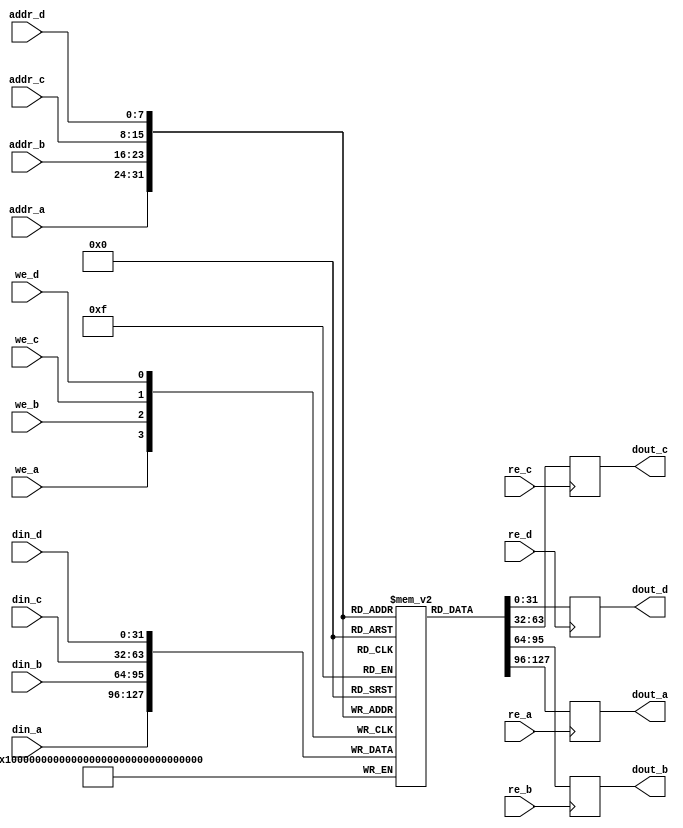
module quad_port_sram #(
    parameter ADDR_WIDTH = 8,  // Address width
    parameter DATA_WIDTH = 32,  // Data width
    parameter MEM_SIZE = 256     // Number of words in memory
)(
    input  wire [ADDR_WIDTH-1:0] addr_a,  // Port A Address
    input  wire [DATA_WIDTH-1:0] din_a,    // Port A Data In
    output reg  [DATA_WIDTH-1:0] dout_a,   // Port A Data Out
    input  wire re_a,                     // Port A Read Enable
    input  wire we_a,                     // Port A Write Enable

    input  wire [ADDR_WIDTH-1:0] addr_b,  // Port B Address
    input  wire [DATA_WIDTH-1:0] din_b,    // Port B Data In
    output reg  [DATA_WIDTH-1:0] dout_b,   // Port B Data Out
    input  wire re_b,                     // Port B Read Enable
    input  wire we_b,                     // Port B Write Enable

    input  wire [ADDR_WIDTH-1:0] addr_c,  // Port C Address
    input  wire [DATA_WIDTH-1:0] din_c,    // Port C Data In
    output reg  [DATA_WIDTH-1:0] dout_c,   // Port C Data Out
    input  wire re_c,                     // Port C Read Enable
    input  wire we_c,                     // Port C Write Enable

    input  wire [ADDR_WIDTH-1:0] addr_d,  // Port D Address
    input  wire [DATA_WIDTH-1:0] din_d,    // Port D Data In
    output reg  [DATA_WIDTH-1:0] dout_d,   // Port D Data Out
    input  wire re_d,                     // Port D Read Enable
    input  wire we_d                      // Port D Write Enable
);

    // Memory array declaration
    reg [DATA_WIDTH-1:0] mem_array [0:MEM_SIZE-1];

    // Read and Write operations for Port A
    always @(posedge we_a) begin
        if (we_a) begin
            mem_array[addr_a] <= din_a; // Write data to memory
        end
    end
    
    always @(posedge re_a) begin
        if (re_a) begin
            dout_a <= mem_array[addr_a]; // Read data from memory
        end
    end

    // Read and Write operations for Port B
    always @(posedge we_b) begin
        if (we_b) begin
            mem_array[addr_b] <= din_b; // Write data to memory
        end
    end
    
    always @(posedge re_b) begin
        if (re_b) begin
            dout_b <= mem_array[addr_b]; // Read data from memory
        end
    end

    // Read and Write operations for Port C
    always @(posedge we_c) begin
        if (we_c) begin
            mem_array[addr_c] <= din_c; // Write data to memory
        end
    end
    
    always @(posedge re_c) begin
        if (re_c) begin
            dout_c <= mem_array[addr_c]; // Read data from memory
        end
    end

    // Read and Write operations for Port D
    always @(posedge we_d) begin
        if (we_d) begin
            mem_array[addr_d] <= din_d; // Write data to memory
        end
    end
    
    always @(posedge re_d) begin
        if (re_d) begin
            dout_d <= mem_array[addr_d]; // Read data from memory
        end
    end

endmodule